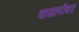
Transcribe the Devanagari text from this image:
वायलीवर